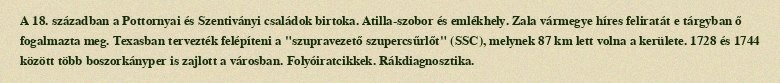
A 18. században a Pottornyai és Szentiványi családok birtoka. Atilla-szobor és emlékhely. Zala vármegye híres feliratát e tárgyban ő fogalmazta meg. Texasban tervezték felépíteni a "szupravezető szupercsűrlőt" (SSC), melynek 87 km lett volna a kerülete. 1728 és 1744 között több boszorkányper is zajlott a városban. Folyóiratcikkek. Rákdiagnosztika.